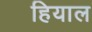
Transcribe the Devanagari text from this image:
हियाल